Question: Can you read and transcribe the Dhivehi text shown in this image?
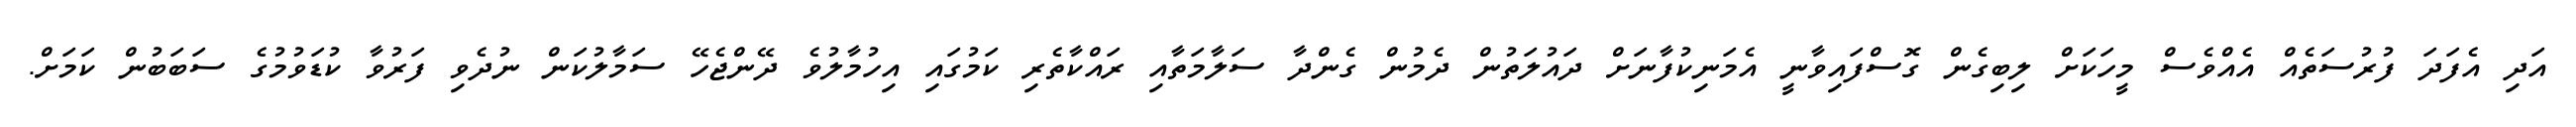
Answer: އަދި އެފަދަ ފުރުސަތެއް އެއްވެސް މީހަކަށް ލިބިގެން ގޮސްފައިވާނީ އެމަނިކުފާނަށް ދައުލަތުން ދެމުން ގެންދާ ސަލާމަތާއި ރައްކާތެރި ކަމުގައި އިހުމާލުވެ ދޭންޖެހޭ ސަމާލުކަން ނުދެވި ފަރުވާ ކުޑަވުމުގެ ސަބަބުން ކަމަށް.